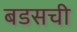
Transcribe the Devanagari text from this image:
बडसची